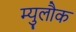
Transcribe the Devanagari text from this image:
म्युलौक